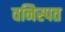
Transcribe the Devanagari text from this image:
वनिस्पत